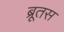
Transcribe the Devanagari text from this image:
ब्रूतस